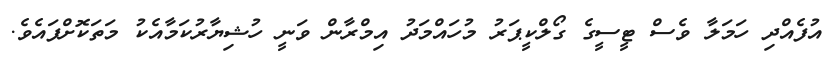
އުފެއްދި ހަމަލާ ވެސް ޓީސީގެ ގޯލްކީޕަރު މުހައްމަދު އިމްރާން ވަނީ ހުޝިޔާރުކަމާއެކު މަތަކޮށްފައެވެ.